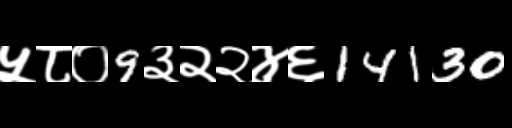
Text: ५८०9३२२४६14130